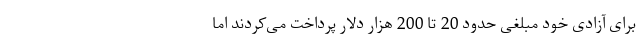
برای آزادی خود مبلغی حدود 20 تا 200 هزار دلار پرداخت می‌کردند اما